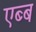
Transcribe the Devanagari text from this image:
एब्ब